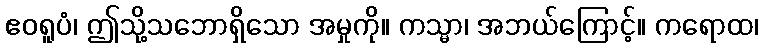
ဧဝရူပံ၊ ဤသို့သဘောရှိသော အမှုကို။ ကသ္မာ၊ အဘယ်ကြောင့်။ ကရောထ၊